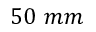
5 0 ~ m m